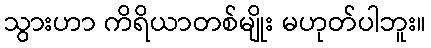
သွားဟာ ကိရိယာတစ်မျိုး မဟုတ်ပါဘူး။